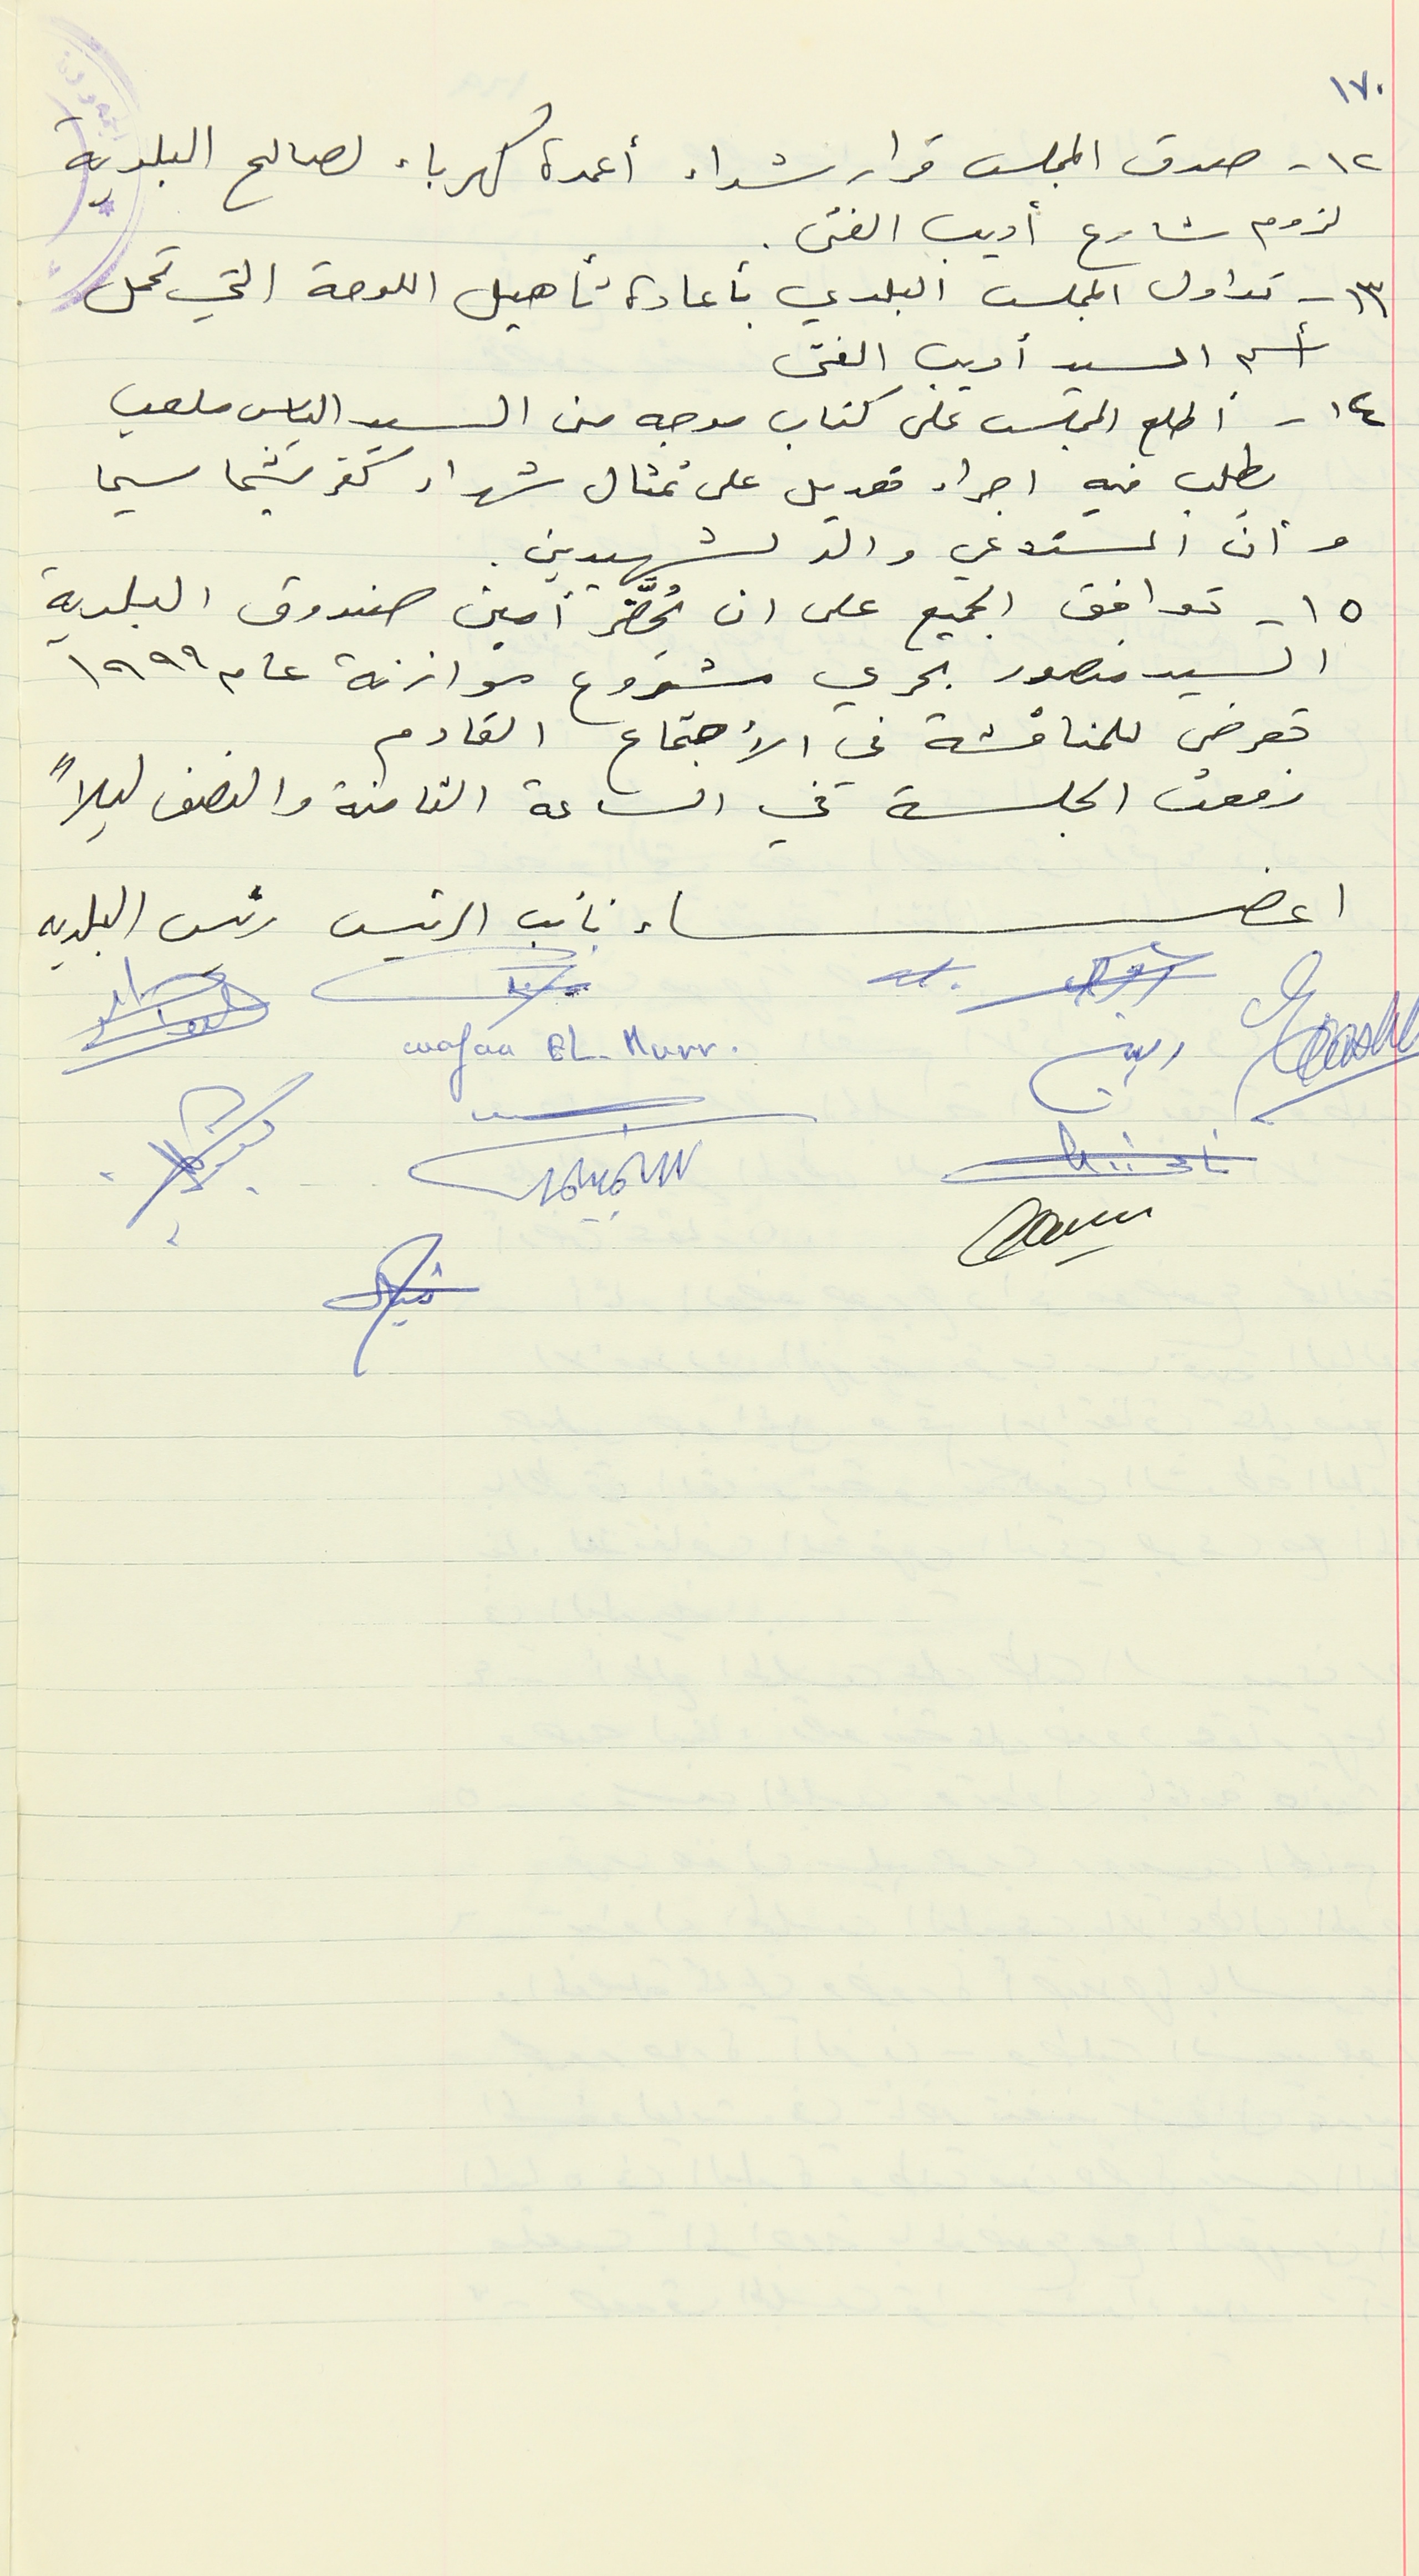
١٢ - صدق المجلس قرار شراء أعمدة كهرباء لصالح البلدية
لزوم شارع أديب الفتى.
١٣ - تداول المجلس البلدي باعادة تأهيل اللوحة التي تحمل
 أسم السيد أديب الفتى
١٤ - أطلع المجلس على كتاب موجه من السيد الياس ملعب
 يطلب فيه اجراء تعديل على تمثال شهداء كفرشيما سيما
وان المستدعي والد لشهيدين.
 ١٥ - توافق الجميع على ان يُحضَّر أمين صندوق البلدية
السيد منصور بحري مشروع موازنة عام ١٩٩٩
تعرض للمناقشة في الأجتماع القادم
 رفعت الجلسة في الساعة الثامنة والنصف ليلاً
اعضاء نائب الرئيس رئيس البلديه
Wafaa EL-Murr
١٧٠